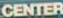
CENTER